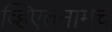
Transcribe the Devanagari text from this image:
व्हिएतनामचे